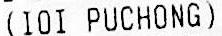
(IOI PUCHONG)